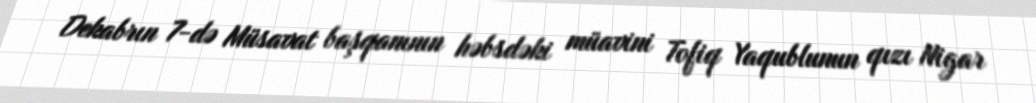
Dekabrın 7-də Müsavat başqanının həbsdəki müavini Tofiq Yaqublunun qızı Nigar